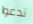
ندعوا